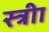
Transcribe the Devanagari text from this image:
स्त्रीा